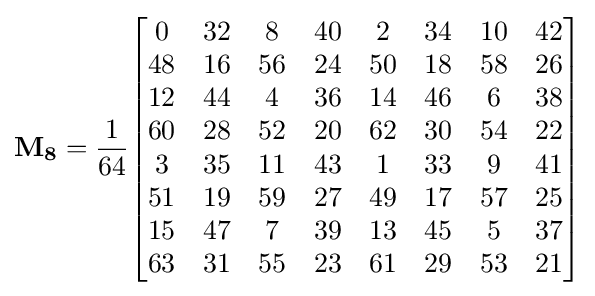
\mathbf {M_{8}} ={\frac {1}{64}}{\begin{bmatrix}0&32&8&40&2&34&10&42\\48&16&56&24&50&18&58&26\\12&44&4&36&14&46&6&38\\60&28&52&20&62&30&54&22\\3&35&11&43&1&33&9&41\\51&19&59&27&49&17&57&25\\15&47&7&39&13&45&5&37\\63&31&55&23&61&29&53&21\\\end{bmatrix}}